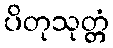
ပိတုသုတ္တံ